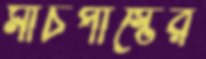
মার্চপাস্টের